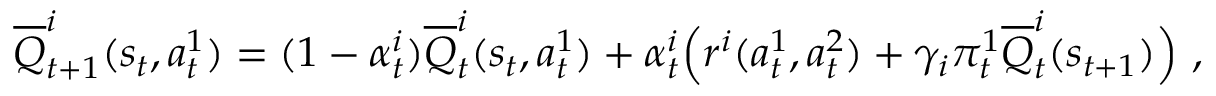
\overline { { Q } } _ { t + 1 } ^ { i } ( s _ { t } , a _ { t } ^ { 1 } ) = ( 1 - \alpha _ { t } ^ { i } ) \overline { { Q } } _ { t } ^ { i } ( s _ { t } , a _ { t } ^ { 1 } ) + \alpha _ { t } ^ { i } \Big ( r ^ { i } ( a _ { t } ^ { 1 } , a _ { t } ^ { 2 } ) + \gamma _ { i } \pi _ { t } ^ { 1 } \overline { { Q } } _ { t } ^ { i } ( s _ { t + 1 } ) \Big ) \ ,